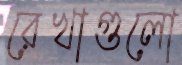
রেখাগুলো